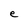
Character: e